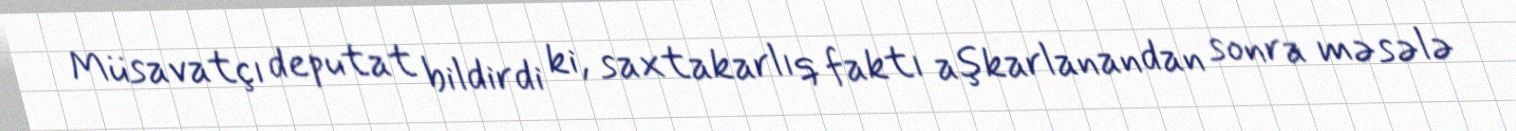
Müsavatçı deputat bildirdi ki, saxtakarlıq faktı aşkarlanandan sonra məsələ